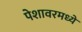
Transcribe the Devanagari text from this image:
पेशावरमध्ये